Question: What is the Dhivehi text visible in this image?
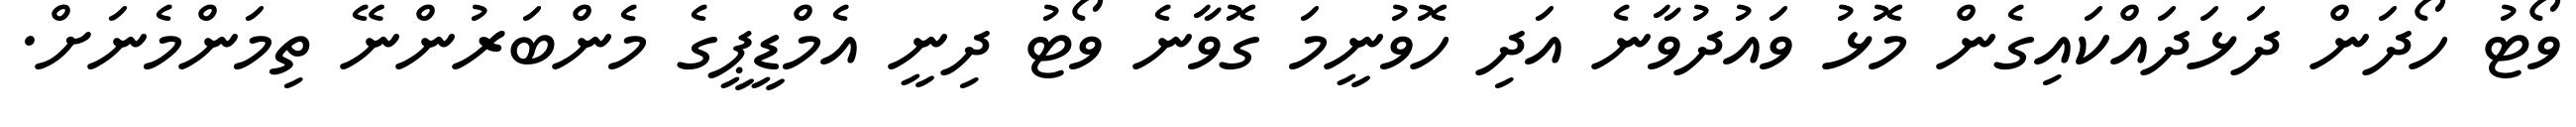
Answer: ވޯޓު ހޯދަން ދަޅަދައްކައިގެން މޮޅު ވައުދުވާނެ އަދި ހޮވުނީމަ ގޮވާނެ ވޯޓު ދިނީ އެމްޑީޕީގެ މެންބަރުންނޭ ތިމަންމެނަށް.